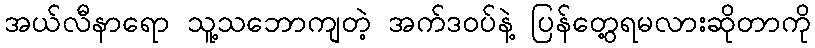
အယ်လီနာရော သူ့သဘောကျတဲ့ အက်ဒဝပ်နဲ့ ပြန်တွေ့ရမလားဆိုတာကို